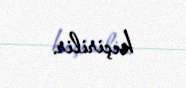
keçirilir.